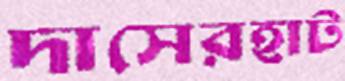
দাসেরহাট